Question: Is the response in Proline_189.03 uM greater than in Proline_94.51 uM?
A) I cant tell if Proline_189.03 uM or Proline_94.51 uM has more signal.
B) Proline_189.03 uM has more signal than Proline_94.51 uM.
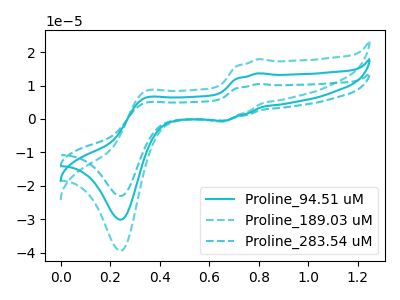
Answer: <think>The cyan curve "Proline_94.51 uM" has anodic peaks at (0.80V, 13.65uA) (0.35V, 6.25uA) and cathodic peaks at (0.65V, -0.60uA) (0.25V, -30.15uA). The cyan dashed curve "Proline_189.03 uM" has anodic peaks at (0.80V, 17.90uA) (0.35V, 8.15uA) and cathodic peaks at (0.65V, -0.75uA) (0.25V, -39.45uA). The cyan dashed curve "Proline_283.54 uM" has anodic peaks at (0.80V, 27.35uA) (0.35V, 12.50uA) and cathodic peaks at (0.65V, -1.20uA) (0.25V, -60.35uA).
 All the peaks in "Proline_189.03 uM" have a peak in "Proline_94.51 uM" at the same potential. Every peak in "Proline_189.03 uM" is higher than every peak in "Proline_94.51 uM".</think>
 <answer>B) "Proline_189.03 uM" has more signal than "Proline_94.51 uM".</answer>
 <eval>B</eval>